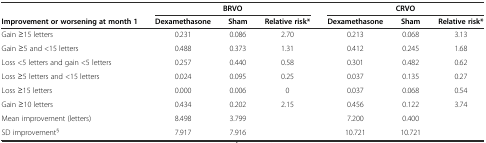
|  | <COLSPAN=3> BRVO | <COLSPAN=3> CRVO |
 | Improvement or worsening at month 1 | Dexamethasone | Sham | Relative risk* | Dexamethasone | Sham | Relative risk* |
 | --- | --- | --- | --- | --- | --- | --- |
 | Gain ≥15 letters | 0.231 | 0.086 | 2.70 | 0.213 | 0.068 | 3.13 |
 | Gain ≥5 and <15 letters | 0.488 | 0.373 | 1.31 | 0.412 | 0.245 | 1.68 |
 | Loss <5 letters and gain <5 letters | 0.257 | 0.440 | 0.58 | 0.301 | 0.482 | 0.62 |
 | Loss ≥5 letters and <15 letters | 0.024 | 0.095 | 0.25 | 0.037 | 0.135 | 0.27 |
 | Loss ≥15 letters | 0.000 | 0.006 | 0 | 0.037 | 0.068 | 0.54 |
 | Gain ≥10 letters | 0.434 | 0.202 | 2.15 | 0.456 | 0.122 | 3.74 |
 | Mean improvement (letters) | 8.498 | 3.799 |  | 7.200 | 0.400 |  |
 | SD improvement§ | 7.917 | 7.916 |  | 10.721 | 10.721 |  |